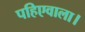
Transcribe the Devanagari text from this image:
पहिएवाला।